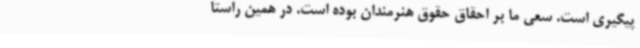
پیگیری است. سعی ما بر احقاق حقوق هنرمندان بوده است. در همین راستا